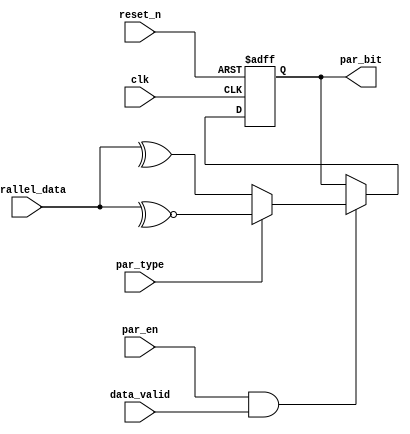
/*
* ----------------------------- Ports' Definition -----------------------------
* ----------------------------- Inputs -----------------------------
* clk:           Generated clock produced from the clock divider whose source clock is
*                UART clock.
* reset_n:         Global active low asynchronous reset_n after synchronization.
* par_type:   A signal to indicate the parity type (1 for odd, 0 for even).
* par_en: A signal to enable the transmission of the parity bit in the frame.
* parallel_data: The data to be transmitted by the UART transmitter.
* 
* ----------------------------- Outputs -----------------------------
* par_bit:    The parity bit of the parallel data to be transmitted.
*/

module parity_calculator # (
    parameter DATA_WIDTH = 8
)
(
    input clk,
    input reset_n,
    input par_type,
    input par_en,
    input data_valid,
    input [DATA_WIDTH - 1:0] parallel_data,
    
    output reg par_bit
);


    always @(posedge clk or negedge reset_n) begin
        if (~reset_n) begin
            par_bit <= 1'b0;
        end
        else if (par_en && data_valid) begin
            if (par_type) begin
                // Odd parity
                par_bit <= ~^parallel_data;
            end
            else begin
                // Even parity
                par_bit <= ^parallel_data;
            end
        end
    end

endmodule